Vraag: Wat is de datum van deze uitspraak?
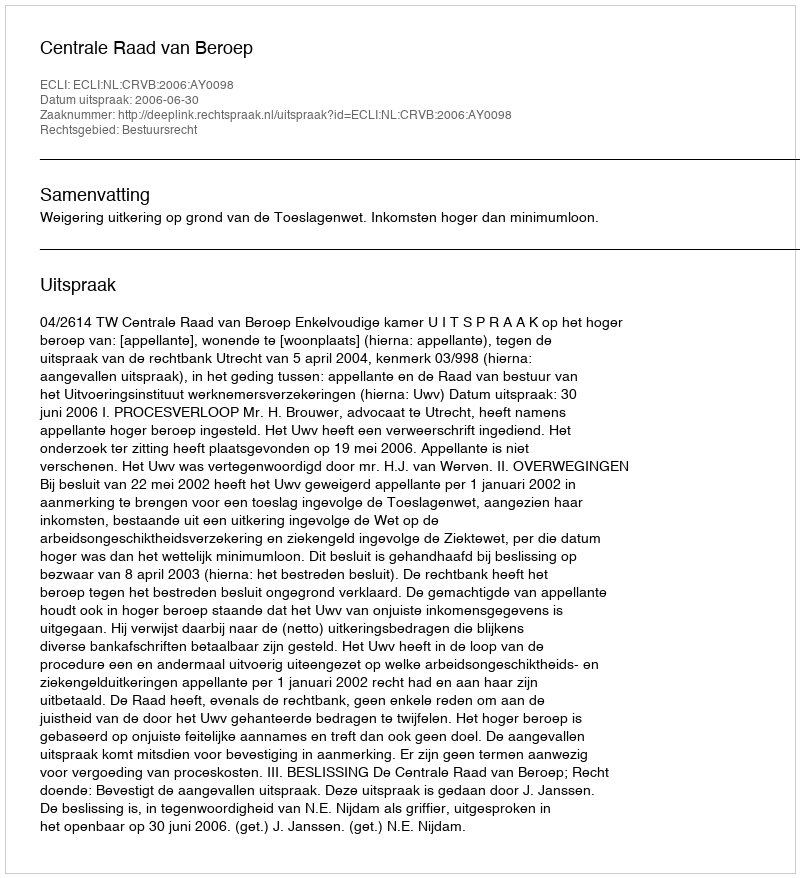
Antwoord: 2006-06-30